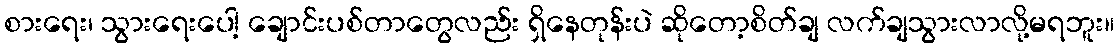
စားရေး၊ သွားရေးပေါ့ ချောင်းပစ်တာတွေလည်း ရှိနေတုန်းပဲ ဆိုတော့စိတ်ချ လက်ချသွားလာလို့မရဘူး။